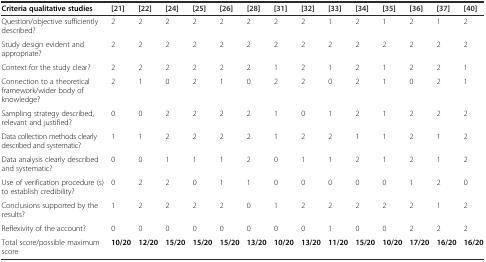
<table><thead><tr><td><b>Criteria qualitative studies</b></td><td><b>[21]</b></td><td><b>[22]</b></td><td><b>[24]</b></td><td><b>[25]</b></td><td><b>[26]</b></td><td><b>[28]</b></td><td><b>[31]</b></td><td><b>[32]</b></td><td><b>[33]</b></td><td><b>[34]</b></td><td><b>[35]</b></td><td><b>[36]</b></td><td><b>[37]</b></td><td><b>[40]</b></td></tr></thead><tbody><tr><td>Question/objective sufficiently described?</td><td>2</td><td>2</td><td>2</td><td>2</td><td>2</td><td>2</td><td>2</td><td>2</td><td>1</td><td>2</td><td>1</td><td>2</td><td>1</td><td>2</td></tr><tr><td>Study design evident and appropriate?</td><td>2</td><td>2</td><td>2</td><td>2</td><td>2</td><td>2</td><td>2</td><td>2</td><td>2</td><td>2</td><td>2</td><td>2</td><td>2</td><td>2</td></tr><tr><td>Context for the study clear?</td><td>2</td><td>2</td><td>2</td><td>2</td><td>2</td><td>2</td><td>1</td><td>2</td><td>1</td><td>2</td><td>1</td><td>2</td><td>2</td><td>1</td></tr><tr><td>Connection to a theoretical framework/wider body of knowledge?</td><td>2</td><td>1</td><td>0</td><td>2</td><td>1</td><td>0</td><td>2</td><td>2</td><td>0</td><td>2</td><td>1</td><td>0</td><td>2</td><td>1</td></tr><tr><td>Sampling strategy described, relevant and justified?</td><td>0</td><td>0</td><td>2</td><td>2</td><td>2</td><td>2</td><td>1</td><td>0</td><td>1</td><td>2</td><td>1</td><td>2</td><td>2</td><td>2</td></tr><tr><td>Data collection methods clearly described and systematic?</td><td>1</td><td>1</td><td>2</td><td>2</td><td>2</td><td>2</td><td>1</td><td>2</td><td>2</td><td>1</td><td>1</td><td>2</td><td>1</td><td>2</td></tr><tr><td>Data analysis clearly described and systematic?</td><td>0</td><td>0</td><td>1</td><td>1</td><td>1</td><td>2</td><td>0</td><td>1</td><td>1</td><td>2</td><td>1</td><td>2</td><td>1</td><td>2</td></tr><tr><td>Use of verification procedure (s) to establish credibility?</td><td>0</td><td>2</td><td>2</td><td>0</td><td>1</td><td>1</td><td>0</td><td>0</td><td>0</td><td>0</td><td>0</td><td>1</td><td>2</td><td>0</td></tr><tr><td>Conclusions supported by the results?</td><td>1</td><td>2</td><td>2</td><td>2</td><td>2</td><td>0</td><td>1</td><td>2</td><td>2</td><td>2</td><td>2</td><td>2</td><td>1</td><td>2</td></tr><tr><td>Reflexivity of the account?</td><td>0</td><td>0</td><td>0</td><td>0</td><td>0</td><td>0</td><td>0</td><td>0</td><td>1</td><td>0</td><td>0</td><td>2</td><td>2</td><td>2</td></tr><tr><td>Total score/possible maximum score</td><td><b>10/20</b></td><td><b>12/20</b></td><td><b>15/20</b></td><td><b>15/20</b></td><td><b>15/20</b></td><td><b>13/20</b></td><td><b>10/20</b></td><td><b>13/20</b></td><td><b>11/20</b></td><td><b>15/20</b></td><td><b>10/20</b></td><td><b>17/20</b></td><td><b>16/20</b></td><td><b>16/20</b></td></tr></tbody></table>